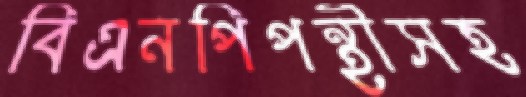
বিএনপিপন্থীসহ